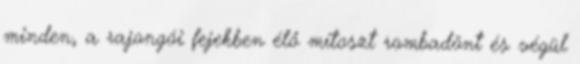
minden, a rajongói fejekben élő mítoszt rombadönt és végül